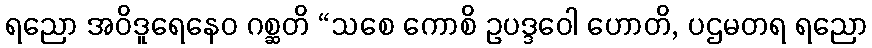
ရညော အဝိဒူရေနေဝ ဂစ္ဆတိ “သစေ ကောစိ ဥပဒ္ဒဝေါ ဟောတိ, ပဌမတရ ရညော